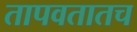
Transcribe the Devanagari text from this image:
तापवतातच